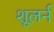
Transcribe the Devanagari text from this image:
शूलर्न